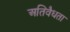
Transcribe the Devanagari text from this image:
अतिवैधता